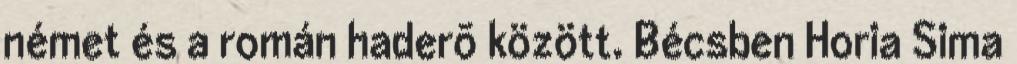
német és a román haderõ között. Bécsben Horia Sima